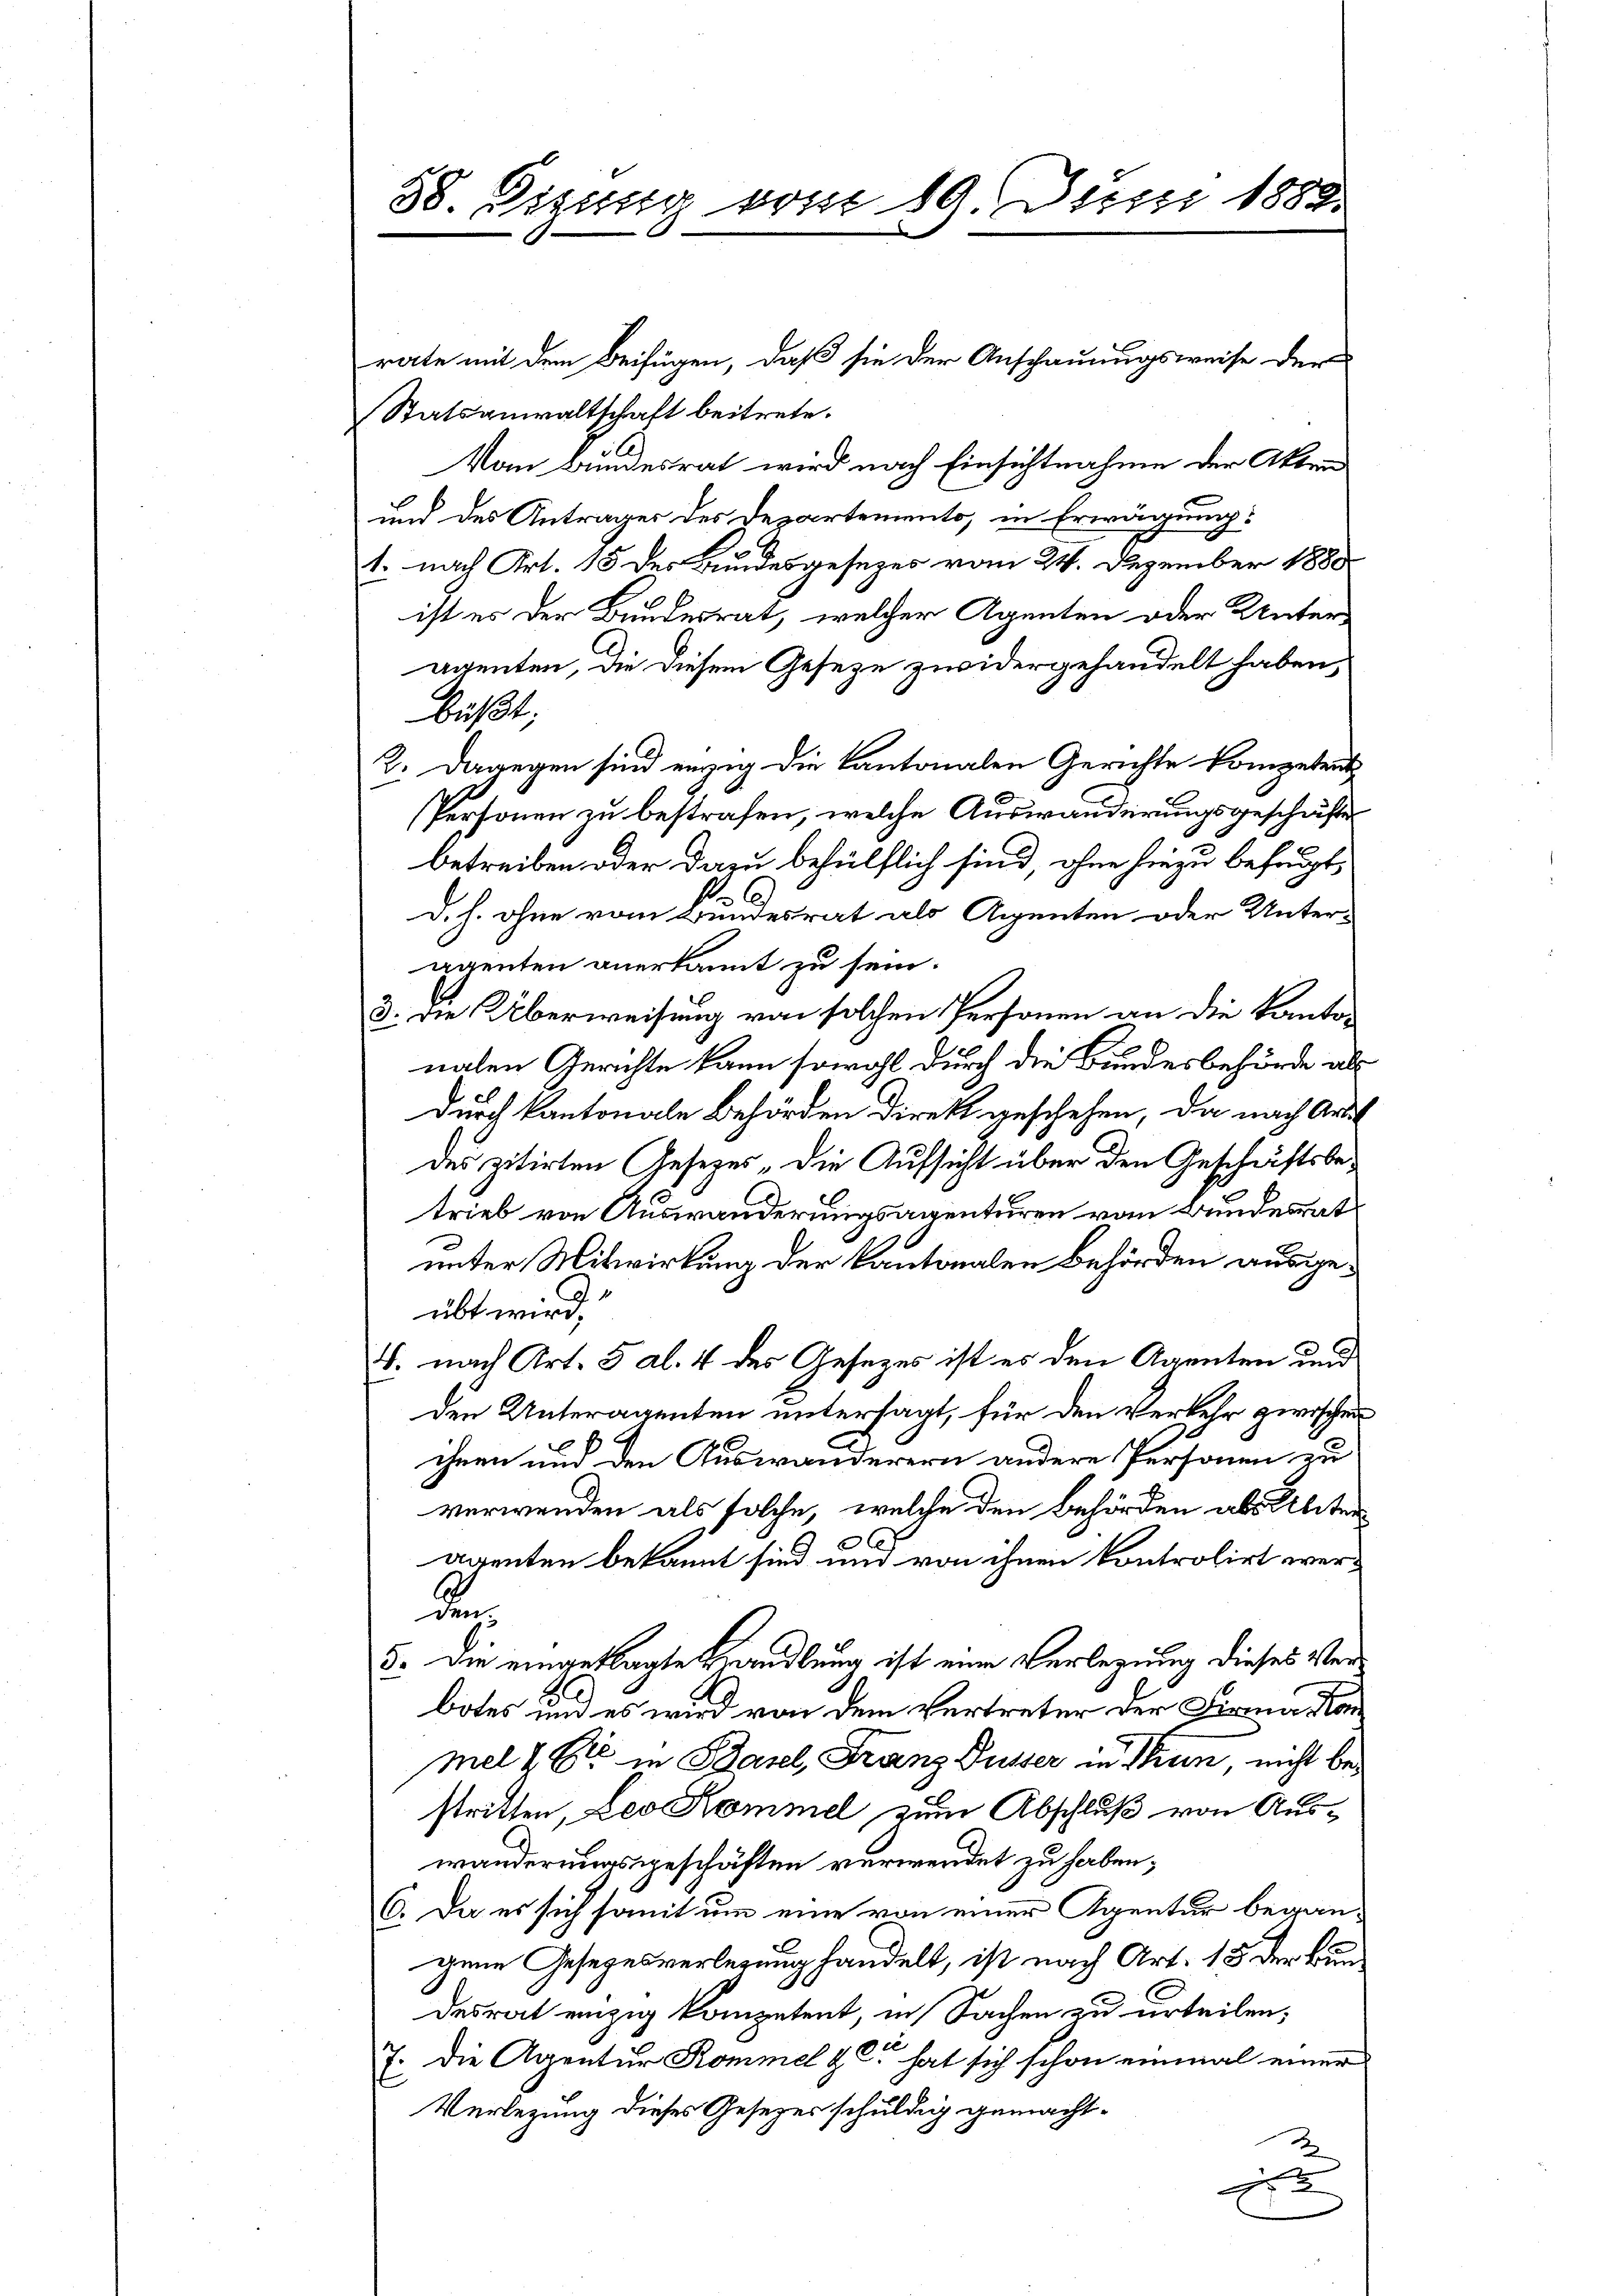
38. Dizung vom 19. Juni 1882.

rate mit dem Beifügen, daß sie der Anschauungsweise der
Statsanwaltschaft beitrete.
Von Bundesrat wird nach Einsichtnahme der Akten
und des Antrages des Departemento, in Erwägung:
1. nach Art. 15 des Bundesgesezes vom 24. Dezember 1880
ist es der Bundesrat, welcher Agenten oder Unteragenten, die diesem Geseze zwidergehandelt haben,
büßt,
2. Dagegen sind einzig die Kantonalen Gerichte kompetent
Personen zu bestrafen, welche Auswanderungsgeschäfte
betreiben oder dazu behülflich sind, ohne hiezu behaupt,
D. h. ohne vom Bundesrat als Eigenten oder Unter-
agenten anerkannt zu sein.
3. Die Überweisung von solchen Personen an die Kanton
nalen Gerichte kann sowohl durch die Bundesbehörde als
durch kantonale Behörden Direkt geschehen, da nach Artil
des zitirten Gesetzes die Aufsicht über den Geschäftsbetrieb von Auswanderungsagenturen vom Bundesrat
unter Mitwirkung der Kantonalen Behörden ausge¬
C
übt wird.“
8. nach Art. 5 al. 4 des Gesetzes ist es den Agenten und
den Unteragenten untersagt, für den Verkehr zwischen
ihnen und den Auswanderern andere Personen zu
verwenden als solche, welche den Behörden als Alter
arenten bekannt sind und von ihnen kontrolirt wer¬
Den
5. Die eingeklagte Handlung ist eine Verlegung dieses Verbotes und es wird von dem Vertreter der Firma an
mel & Ei in Basel, Franz Fusser in Thun, nicht bestritten, Leo Kommel zum Abschluß von Auswänderungsgeschäften verwendet zu haben;
6. Da es sich somit um eine von einer Agentur begangene Gesezesverlegung handelt, ist nach Art. 15 der Bun
desrat einzig kompetent, in Sachen zu urteilen,
7. Die Agentur Kommel & Er hat sich schon einmal einer
Verlegung dieses Gesezes schuldig gemacht¬
2
E